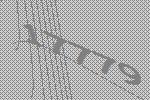
17779